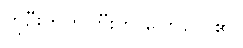
ဟုဦးကိုကိုကြီးက ပြောလေ၏။